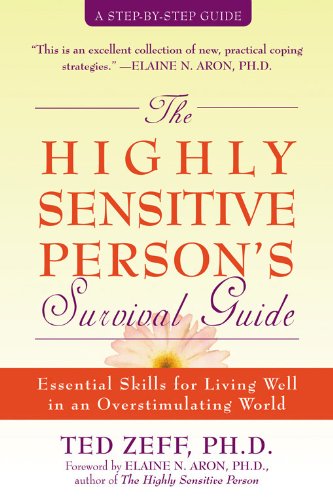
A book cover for The Highly Sensitive Person's Survival Guide: Essential Skills for Living Well in an Overstimulating World (Step-By-Step Guides); Ted Zeff PhD; Self-Help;